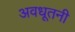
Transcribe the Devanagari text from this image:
अवधूतनी